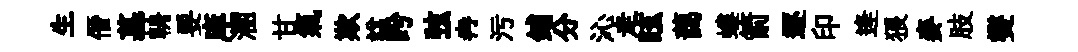
生僭墓輈要庠溷甘氣欺諡盻弦冉污鋪分沁走眩藹螻箭逐印逄猥麥肢爕